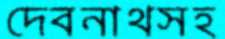
দেবনাথসহ